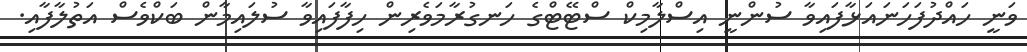
ވަނީ ހައްދުފަހަނައަޅާފައިވާ ސުންނީ އިސްލާމިކް ސްޓޭޓްގެ ހަނގުރާމަވެރިން ހިފާފައިވާ ސުލައިމާން ބަކްވެސް އަތުލާފާއި.